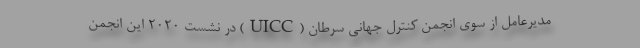
مدیرعامل از سوی انجمن کنترل جهانی سرطان (UICC) در نشست ٢٠٢٠ اين انجمن